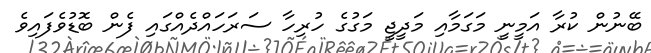
ބޭނުން ކުރާ އަމީނީ މަގަމާއި މަދީޖީ މަގުގެ ހުރިހާ ސަރަހައްދެއްގައި ފެން ބޮޑުވެފައިވެ